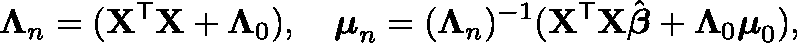
{ \boldsymbol { \Lambda } } _ { n } = ( \mathbf { X } ^ { \mathsf { T } } \mathbf { X } + \mathbf { \Lambda } _ { 0 } ) , \quad { \boldsymbol { \mu } } _ { n } = ( { \boldsymbol { \Lambda } } _ { n } ) ^ { - 1 } ( \mathbf { X } ^ { \mathsf { T } } \mathbf { X } { \hat { \boldsymbol { \beta } } } + { \boldsymbol { \Lambda } } _ { 0 } { \boldsymbol { \mu } } _ { 0 } ) ,